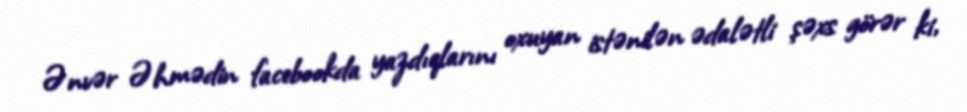
Ənvər Əhmədin facebookda yazdıqlarını oxuyan istənilən ədalətli şəxs görər ki,